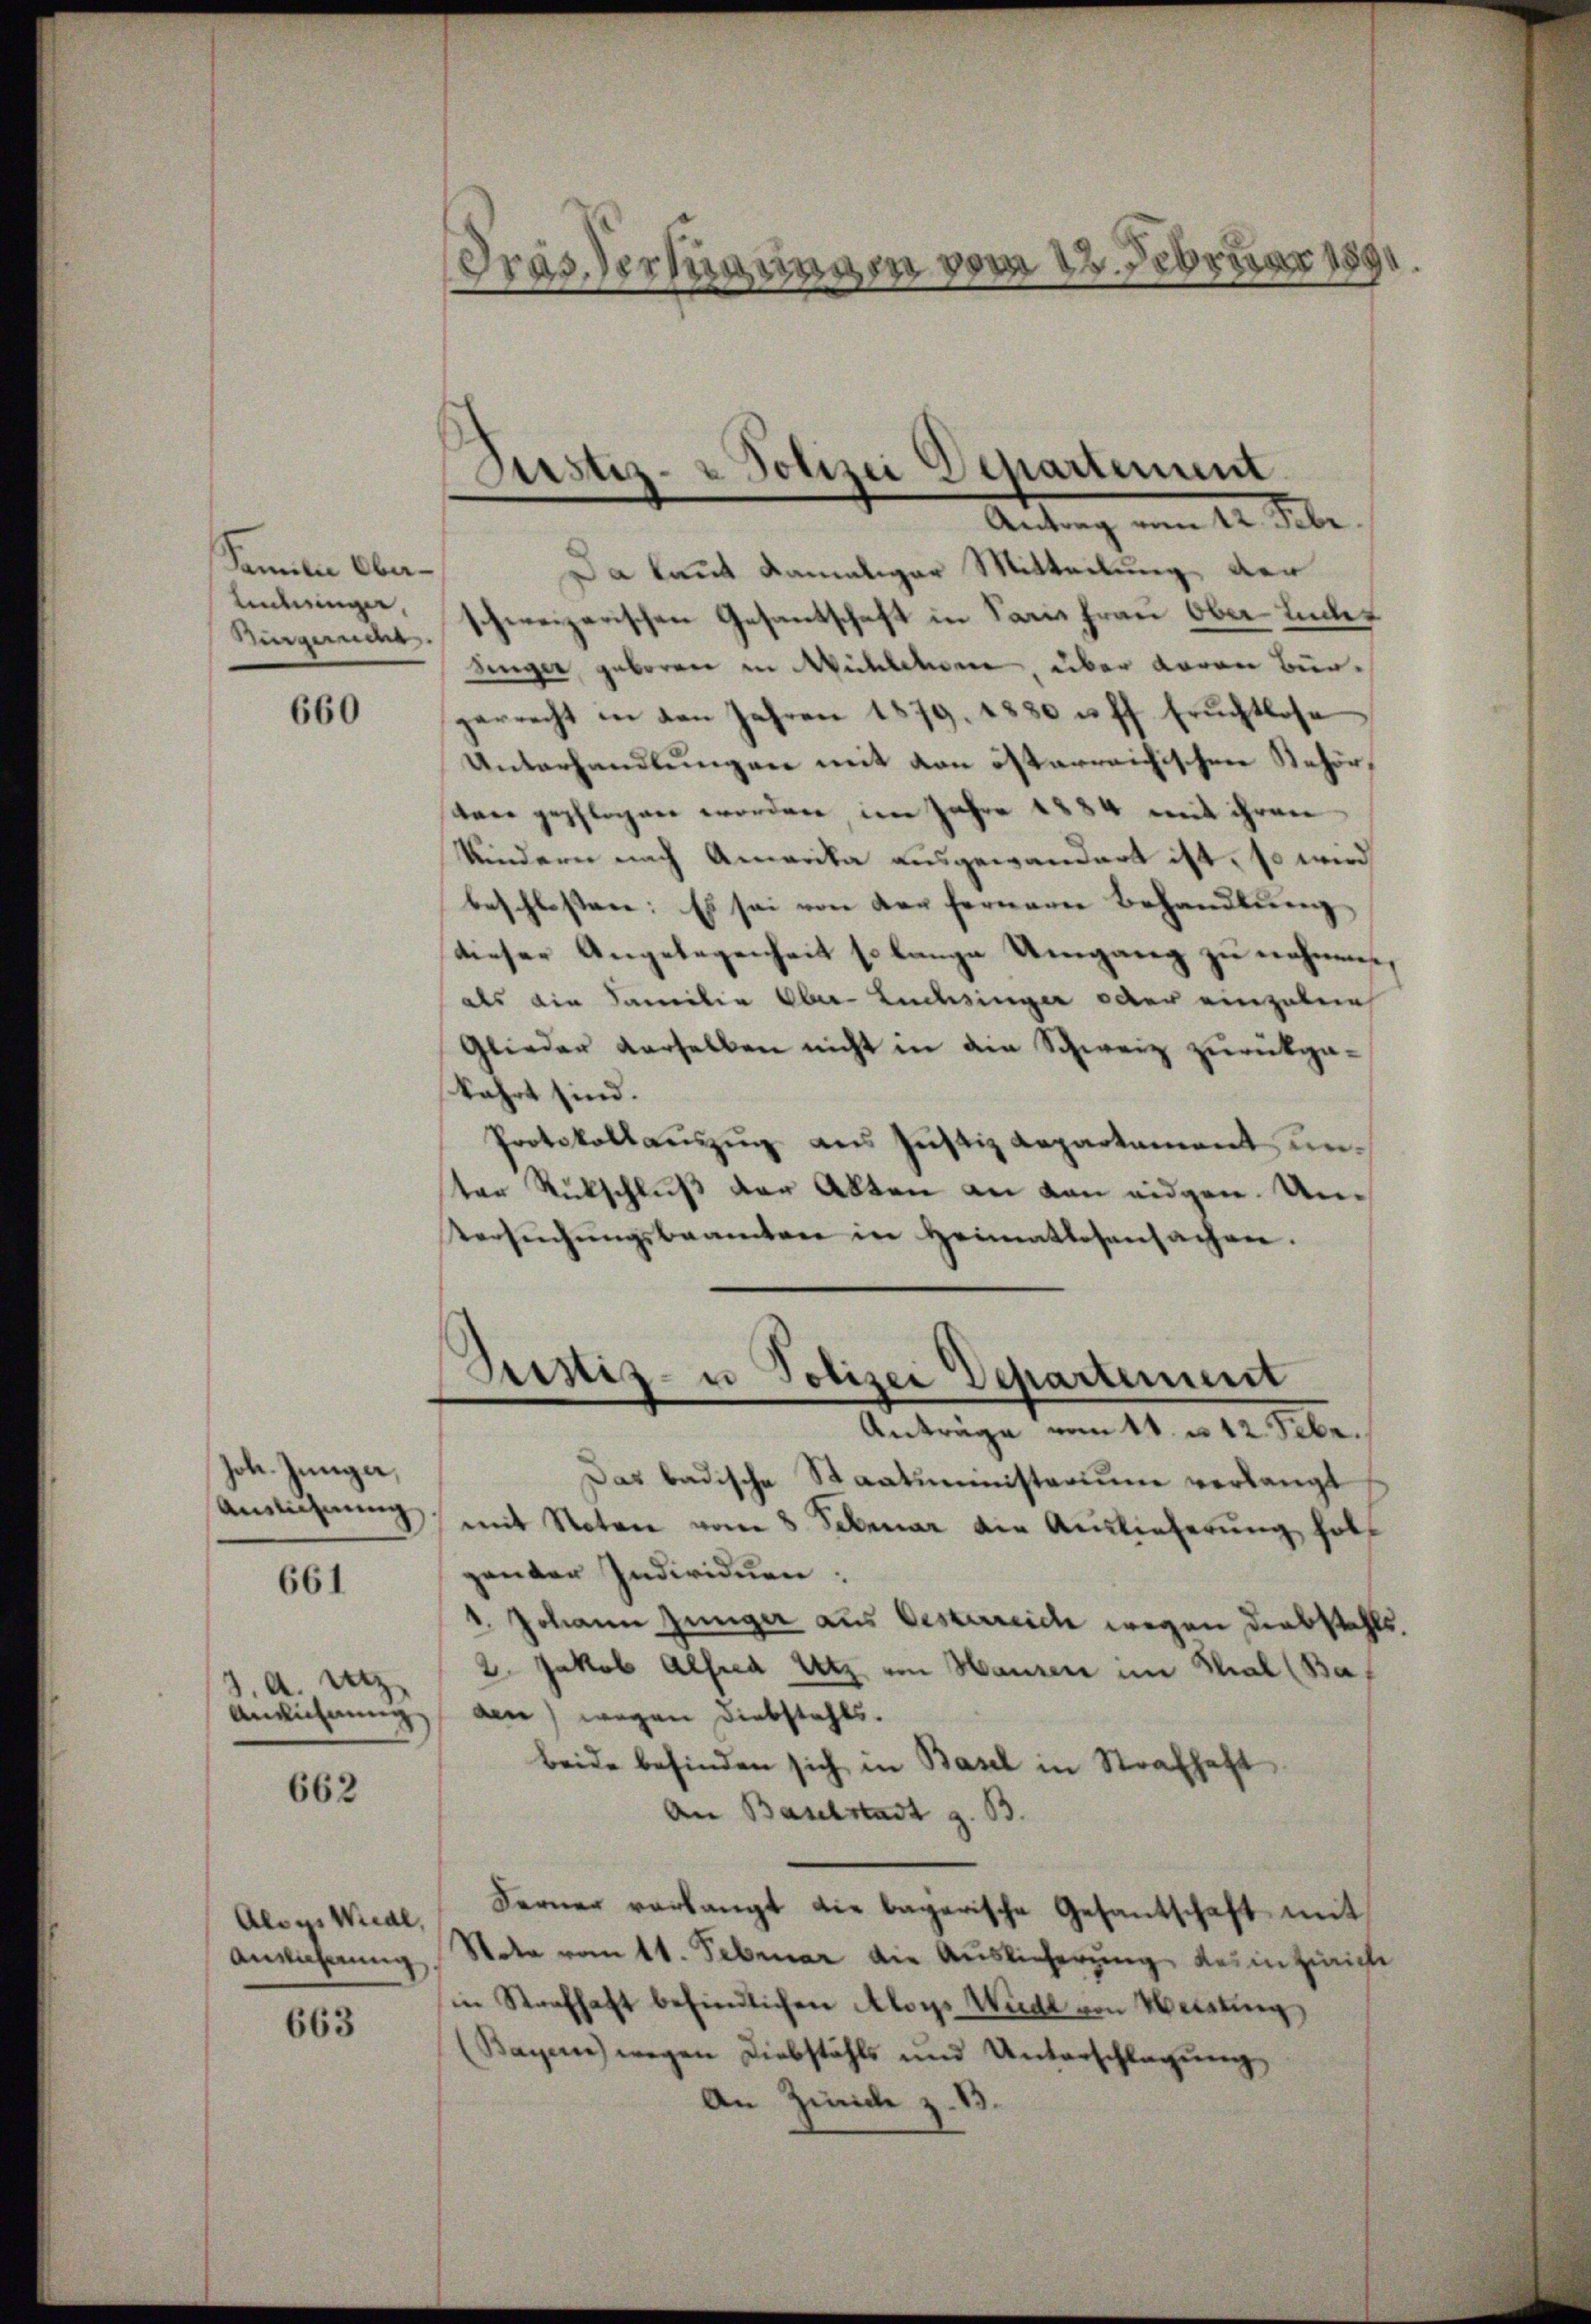
Familie Ober¬
Andringen,
Müngernde

660

hoh. Jungen,
Anzeichnung

661

.a. Unz
Aneichnung

662

Alog. Wiedl,
Anwährung

663

à 22. Februa
Pras. Verhan
8

Justiz- & Polizei Departement
n

Antrag vom 12. Febr
Da laut damaliger Mitteilung der
schweizerischen Gesantschaft in Saris Frau Ober Lucer
Singer, geboren in Milchen, über daran Bürparrecht in den Jahren 1879. 1880 u. ff. Früchtlose
Unterhandlungen mit von österreichischen Behör,
den gepflogen worden im Jahre 1884 mit ihren
Kindern nach Amerika ausgewandert ist, so wird
beschlossen: Es sei von der fernem Behandlung
dieser Angelegenheit so lange Umgang zu nehmen,
als die Familie Ober-Luchsinger oder einzubein
Glieder derselben nicht in die Schweiz zurückgakehrt sind.
Protokollauszug aus Justiz Repartement unter Rückschluß der Akten an dan eidgen. Un¬
Versŭchŭngsbeamten in Heimatlosensachen.
Sistiz- u Polizei Departement
Anträge vom 11. u 12. Febr.
Das badische Staatsministerium verlangt
mit Noten vom 8. Februar die Auslieferung hab
gander Individuen.
1. Johann Jünger aus Oesterreich wegen Diebstahls.
2. Jakob Alfred Utz von Hausen im Thal (Ba
den) wegen Diebstahls.
beide befinden sich in Basel in Strafhaft
An Baselstadt z. B.
Ferner verlangt die begerische Gesantschaft mit
Nota vott. Februar die Auslieferung des in Zürich
in Strafhaft befindlichen Aloys Würde von Weisung
(Bayern) wegen Diebstahls und Unterschlagung,
An Zünde z. B.